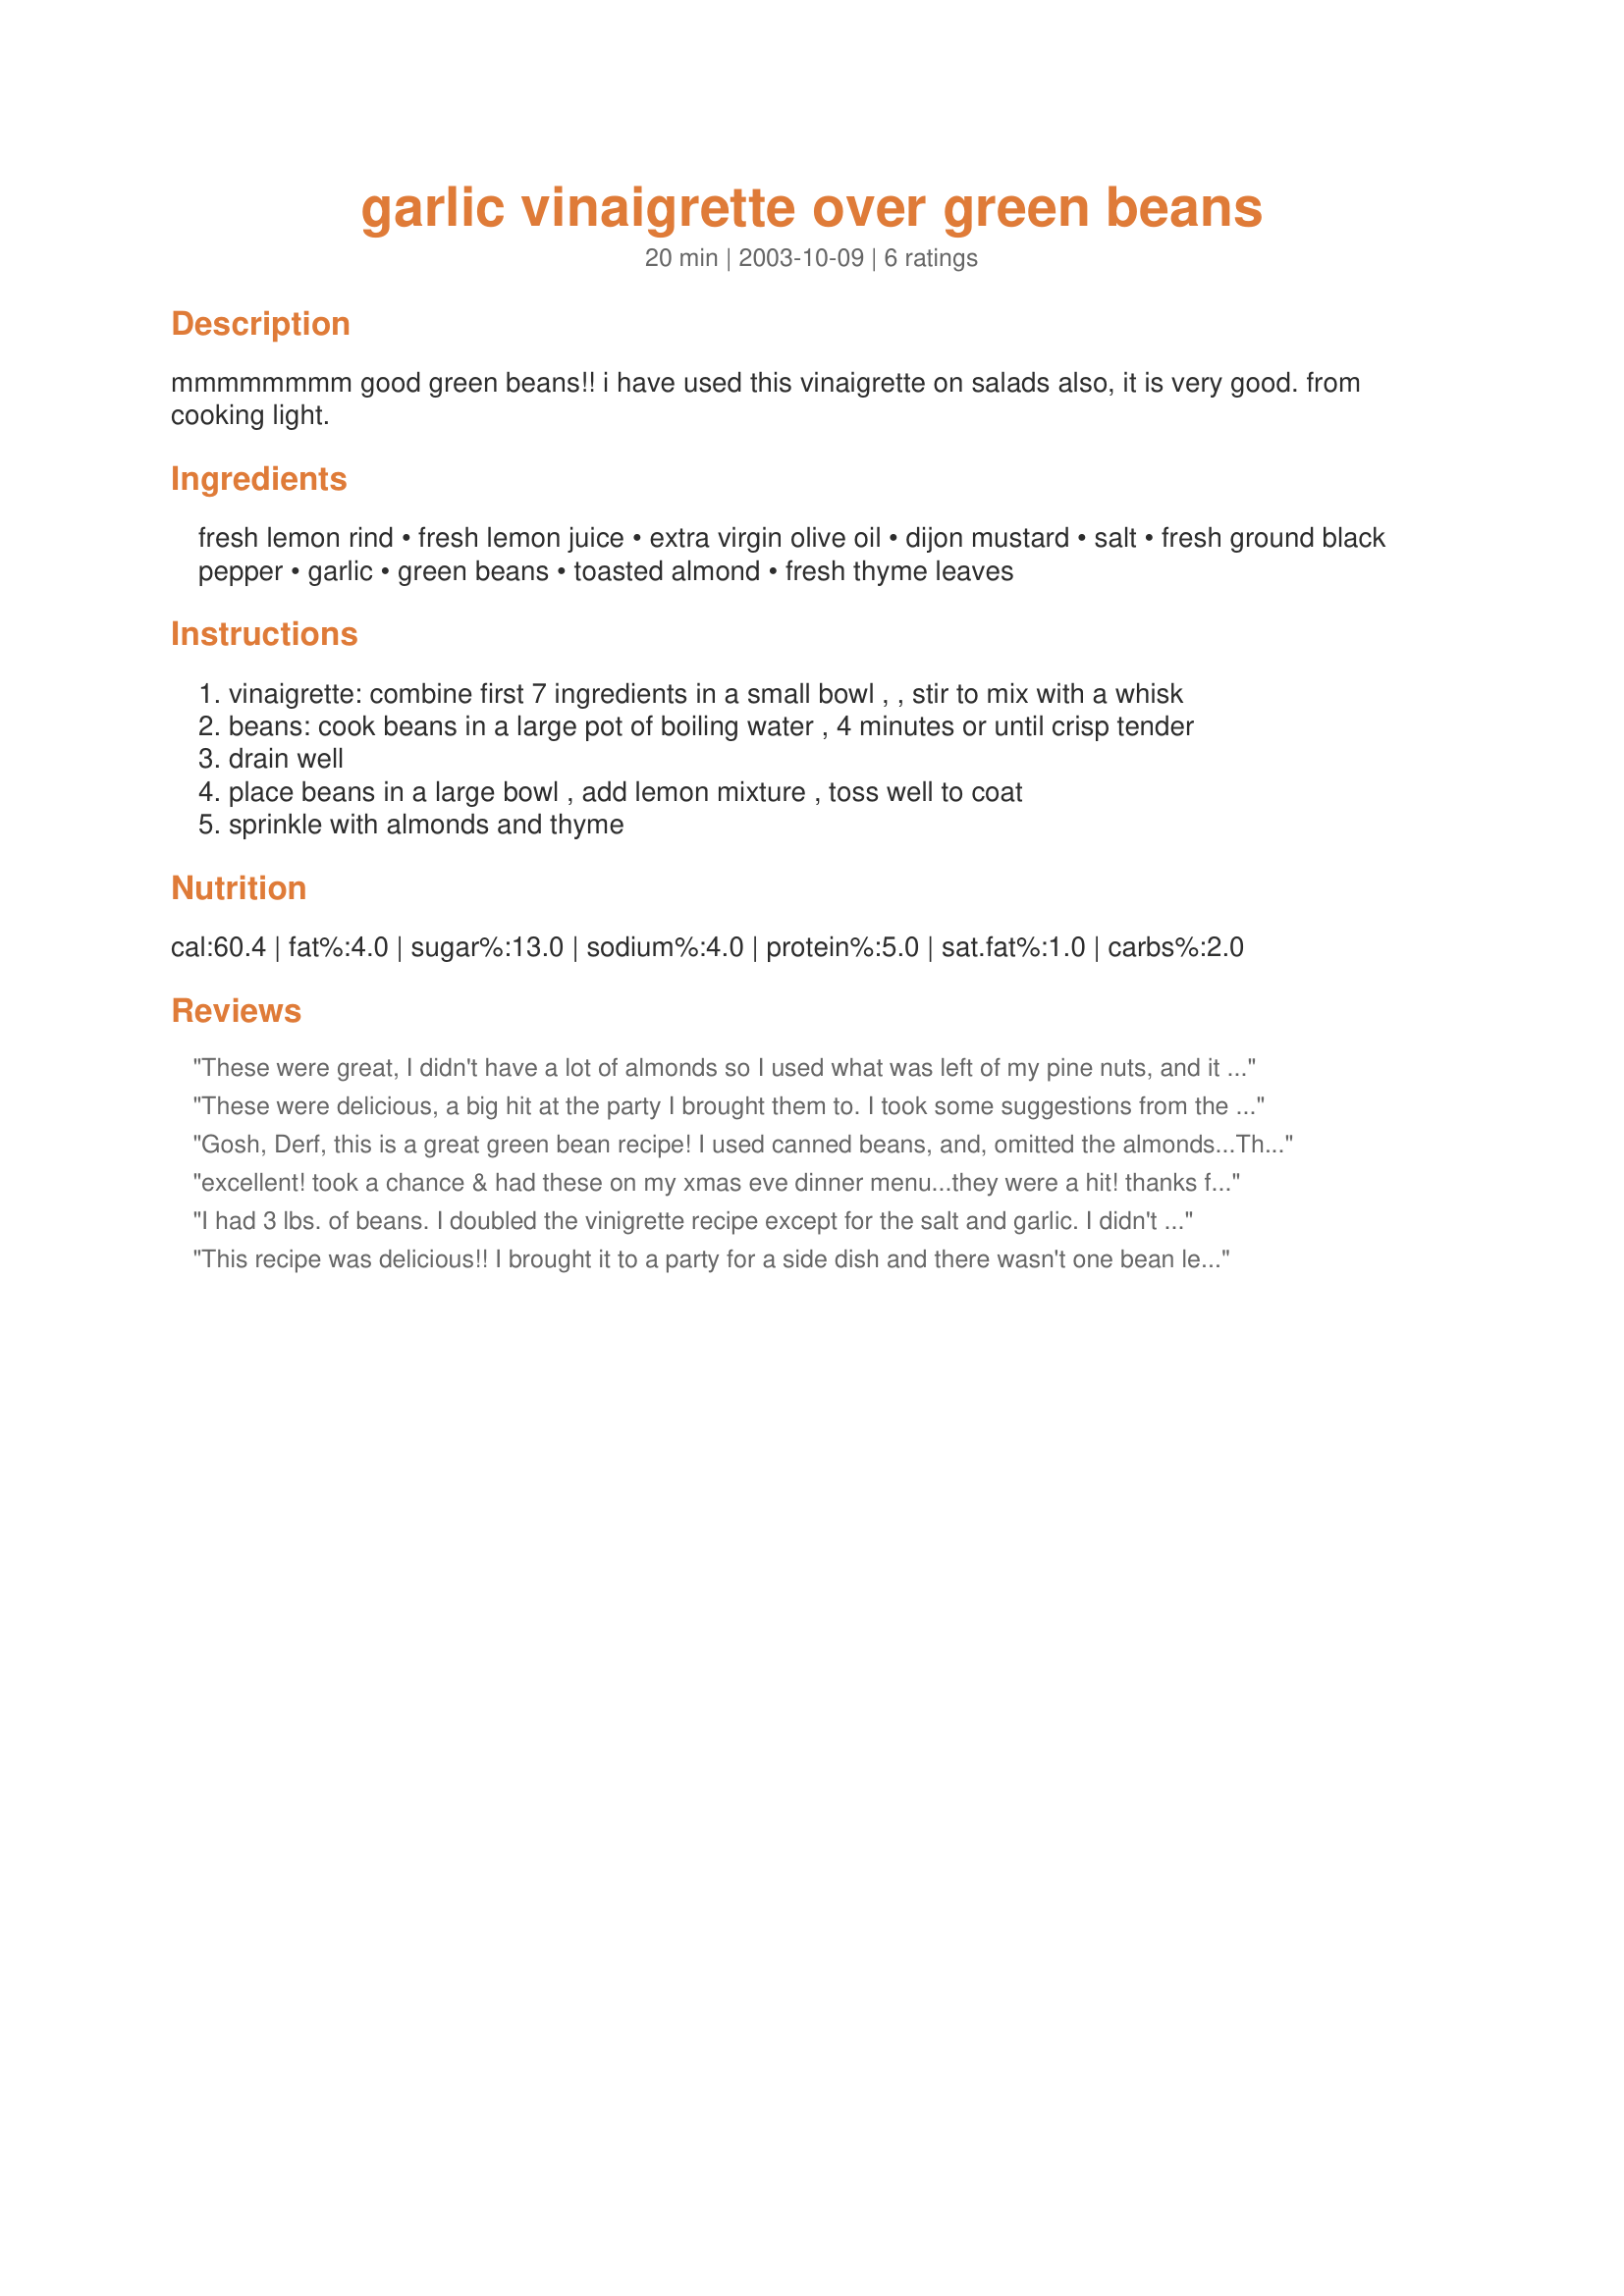
garlic vinaigrette over green beans
Preparation time: 20 minutes

mmmmmmmm good green beans!! i have used this vinaigrette on salads also, it is very good. from cooking light.

Ingredients:
fresh lemon rind, fresh lemon juice, extra virgin olive oil, dijon mustard, salt, fresh ground black pepper, garlic, green beans, toasted almond, fresh thyme leaves

Steps:
vinaigrette: combine first 7 ingredients in a small bowl , , stir to mix with a whisk
beans: cook beans in a large pot of boiling water , 4 minutes or until crisp tender
drain well
place beans in a large bowl , add lemon mixture , toss well to coat
sprinkle with almonds and thyme

Reviews:
These were great, I didn't have a lot of almonds so I used what was left of my pine nuts, and it was very good!
These were delicious, a big hit at the party I brought them to. I took some suggestions from the reviews and doubled the dressing (though that may have been just a tad too much), used fresh tarragon instead of thyme, and toasted pine nuts instead of toasted almonds. I also added a few extra garlic cloves (the frozen kind from Trader Joe's that just dissolve, they're perfect for dressings) and some extra olive oil into the dressing because the lemon was a bit too tangy as is.
Gosh, Derf, this is a great green bean recipe! I used canned beans, and, omitted the almonds...They are soooo good! Definitely want to try the vinaigrette on salad greens...Bet that's good, too!
Thanks so much for sharing...They were a big hit in my house!
excellent! took a chance & had these on my xmas eve dinner menu...they were a hit! thanks for sharing!
I had 3 lbs. of beans. I doubled the vinigrette recipe except for the salt and garlic. I didn't have thyme or Dijon, so I used wasabi mustard and tarragon. I don't know if my lemon was unusually tart, but I added 1 half teaspoon sugar and 1 more teaspoon oil. It was delicious!! I served it for Christmas dinner and got rave reviews!!
This recipe was delicious!! I brought it to a party for a side dish and there wasn't one bean left. But I did let the beans cook a little longer so they would be softer.
